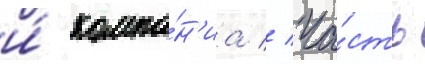
и́ компа́н'иа // Ча́сть